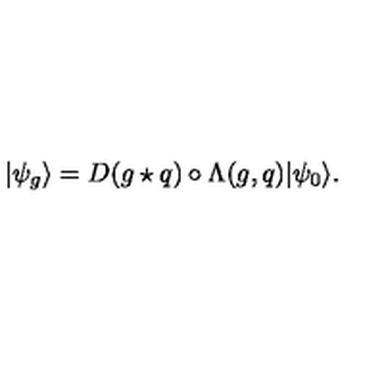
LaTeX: | \psi _ { g } \rangle = D ( g \star q ) \circ \Lambda ( g , q ) | \psi _ { 0 } \rangle .